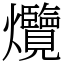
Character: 爦